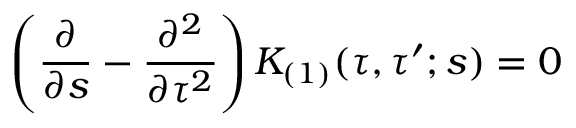
\left( \frac { \partial } { \partial s } - \frac { \partial ^ { 2 } } { \partial \tau ^ { 2 } } \right) K _ { ( 1 ) } ( \tau , \tau ^ { \prime } ; s ) = 0